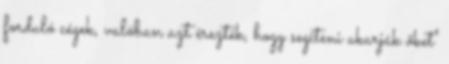
forduló cégek, valóban azt érezték, hogy segíteni akarják őket"